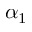
\alpha _ { 1 }